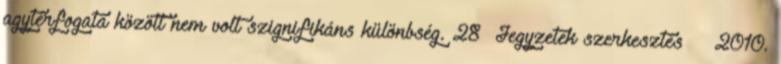
agytérfogata között nem volt szignifikáns különbség. 28 Jegyzetek szerkesztés ↑ 2010.